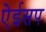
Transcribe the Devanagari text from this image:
ऐईसप